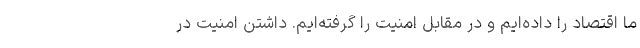
ما اقتصاد را داده‌ایم و در مقابل امنیت را گرفته‌ایم. داشتن امنیت در